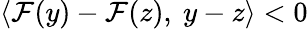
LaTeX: \langle\mathcal{F}(y)-\mathcal{F}(z),\ y-z\rangle<0